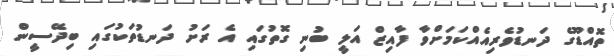
ތޮއްޑޫގެ ދަނޑުވެރިއެއްކަމަށްވާ ފާއިޒް އަލީ ބުނި ގޮތުގައި އެ ރަށު ދަނޑުތަކުގައި ބިދޭސީން